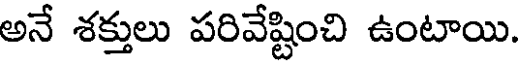
అనే శక్తులు పరివేష్టించి ఉంటాయి.